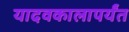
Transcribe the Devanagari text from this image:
यादवकालापर्यंत